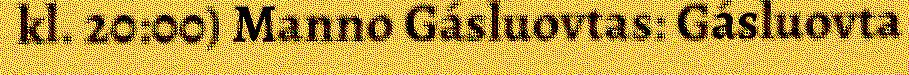
kl. 20:00) Manno Gásluovtas: Gásluovta